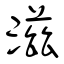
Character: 滋